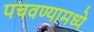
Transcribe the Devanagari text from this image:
पचवण्यामध्ये